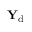
{ \bf Y } _ { \mathrm { d } }